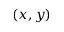
( x , y )